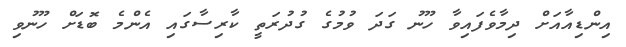
އިންޑިއާއަށް ދިމާވެފައިވާ ހޫނު ގަދަ ވުމުގެ ގުދުރަތީ ކާރިސާގައި އެންމެ ބޮޑަށް ހޫނުވި